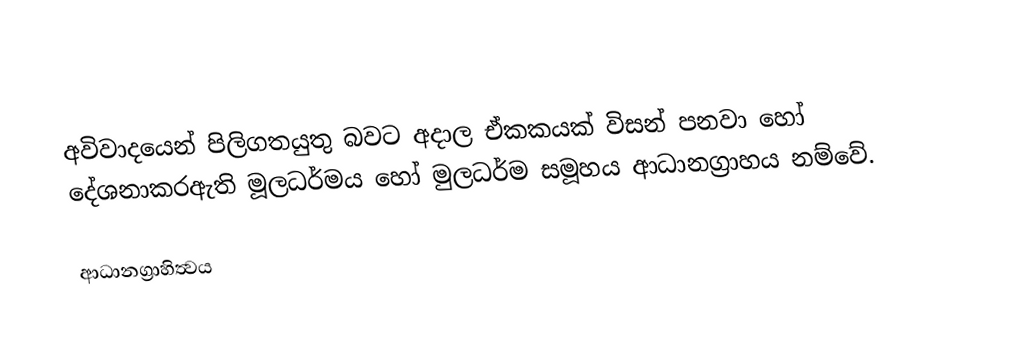
අවිවාදයෙන් පිලිගතයුතු බවට අදාල ඒකකයක් විසන් පනවා හෝ දේශනාකරඇති මූලධර්මය හෝ මුලධර්ම සමූහය ආධානග්‍රාහය නම්වේ.

ආධානග්‍රාහිත්‍වය